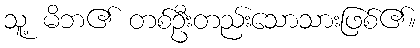
သူ့ မိဘ၏ တစ်ဦးတည်းသောသားဖြစ်၏။